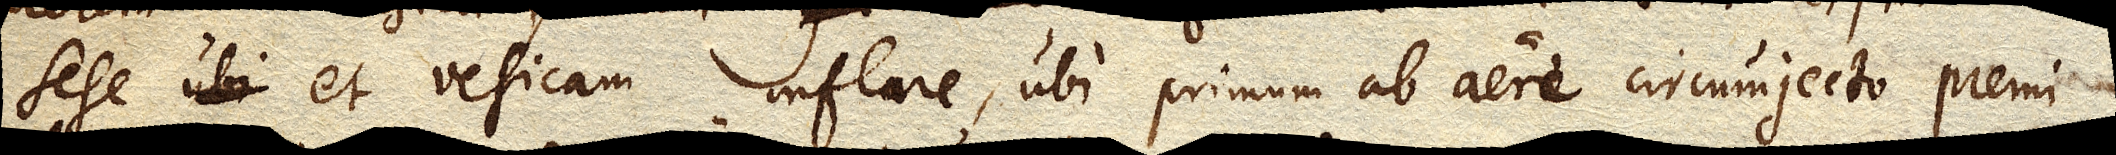
sese et vesicam inflare, ubi primum ab aere circumjecto premi